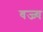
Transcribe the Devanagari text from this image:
वज्र्य